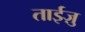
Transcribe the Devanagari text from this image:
ताईज़ु